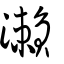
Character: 瀨